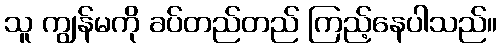
သူ ကျွန်မကို ခပ်တည်တည် ကြည့်နေပါသည်။